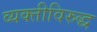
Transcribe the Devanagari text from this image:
व्यक्तीविरुद्ध